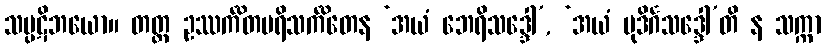
သပ္ပဋိဘယော။ တတ္ထ ဥဿင်္ကိတပရိသင်္ကိတေန ‘အယံ ဘေရိသဒ္ဒေါ’, ‘အယံ မုဒိင်္ဂသဒ္ဒေါ’တိ န သက္ကာ